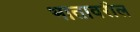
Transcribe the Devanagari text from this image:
भातावरील